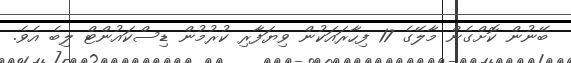
ބޭނުން ކޮށްގެން މާލޭގެ 17 ފިހާރައަކުން ވިޔަފާރި ކުރުމުން ޑިސްކައުންޓް ލިބެ އެވެ.